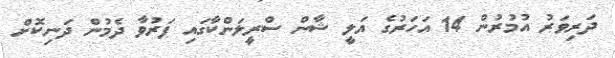
ދަރިވަރު އުމުރުން 14 އަހަރުގެ އަލީ ޝާން ސްރީލަންކާގައި ފަރުވާ ދެމުން ދަނިކޮށް